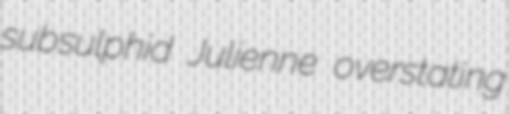
subsulphid Julienne overstating